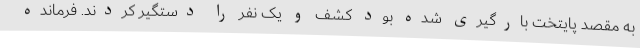
به مقصد پایتخت بارگیری شده بود کشف و یک نفر را دستگیر کردند. فرمانده